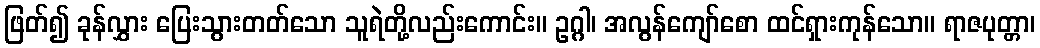
ဖြတ်၍ ခုန်လွှား ပြေးသွားတတ်သော သူရဲတို့လည်းကောင်း။ ဥဂ္ဂါ၊ အလွန်ကျော်စော ထင်ရှားကုန်သော။ ရာဇပုတ္တာ၊